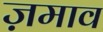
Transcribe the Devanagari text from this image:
ज़माव